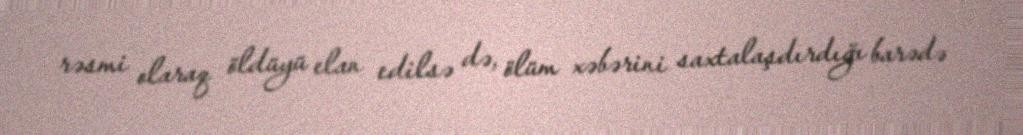
rəsmi olaraq öldüyü elan edilsə də, ölüm xəbərini saxtalaşdırdığı barədə